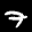
Label: 7